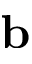
\bf b